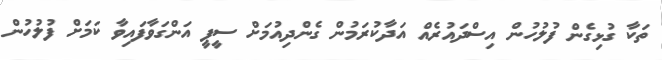
ތަކާ ގުޅިގެން ފުލުހުން އިސްދައުރެއް އަދާކުރަމުން ގެންދިއުމަށް ސީޕީ އަންގަވާފައިވާ ކަމަށް ފުލުހުން